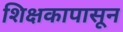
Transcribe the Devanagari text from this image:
शिक्षकापासून